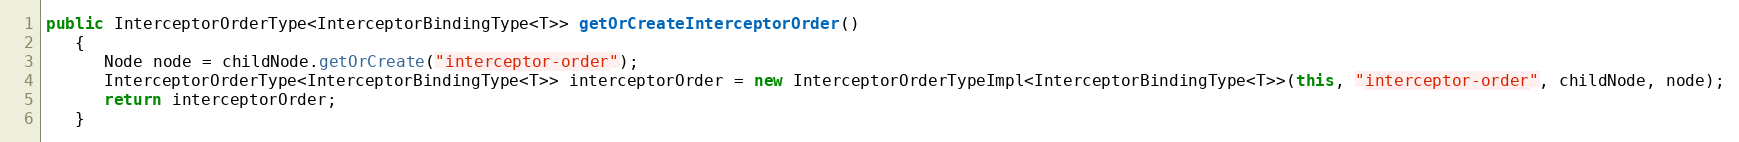
Language: Java
public InterceptorOrderType<InterceptorBindingType<T>> getOrCreateInterceptorOrder()
   {
      Node node = childNode.getOrCreate("interceptor-order");
      InterceptorOrderType<InterceptorBindingType<T>> interceptorOrder = new InterceptorOrderTypeImpl<InterceptorBindingType<T>>(this, "interceptor-order", childNode, node);
      return interceptorOrder;
   }